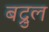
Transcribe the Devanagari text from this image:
बद्रुल